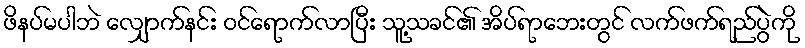
ဖိနပ်မပါဘဲ လျှောက်နင်း ဝင်ရောက်လာပြီး သူ့သခင်၏ အိပ်ရာဘေးတွင် လက်ဖက်ရည်ပွဲကို